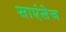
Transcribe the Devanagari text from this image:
साएंसेज